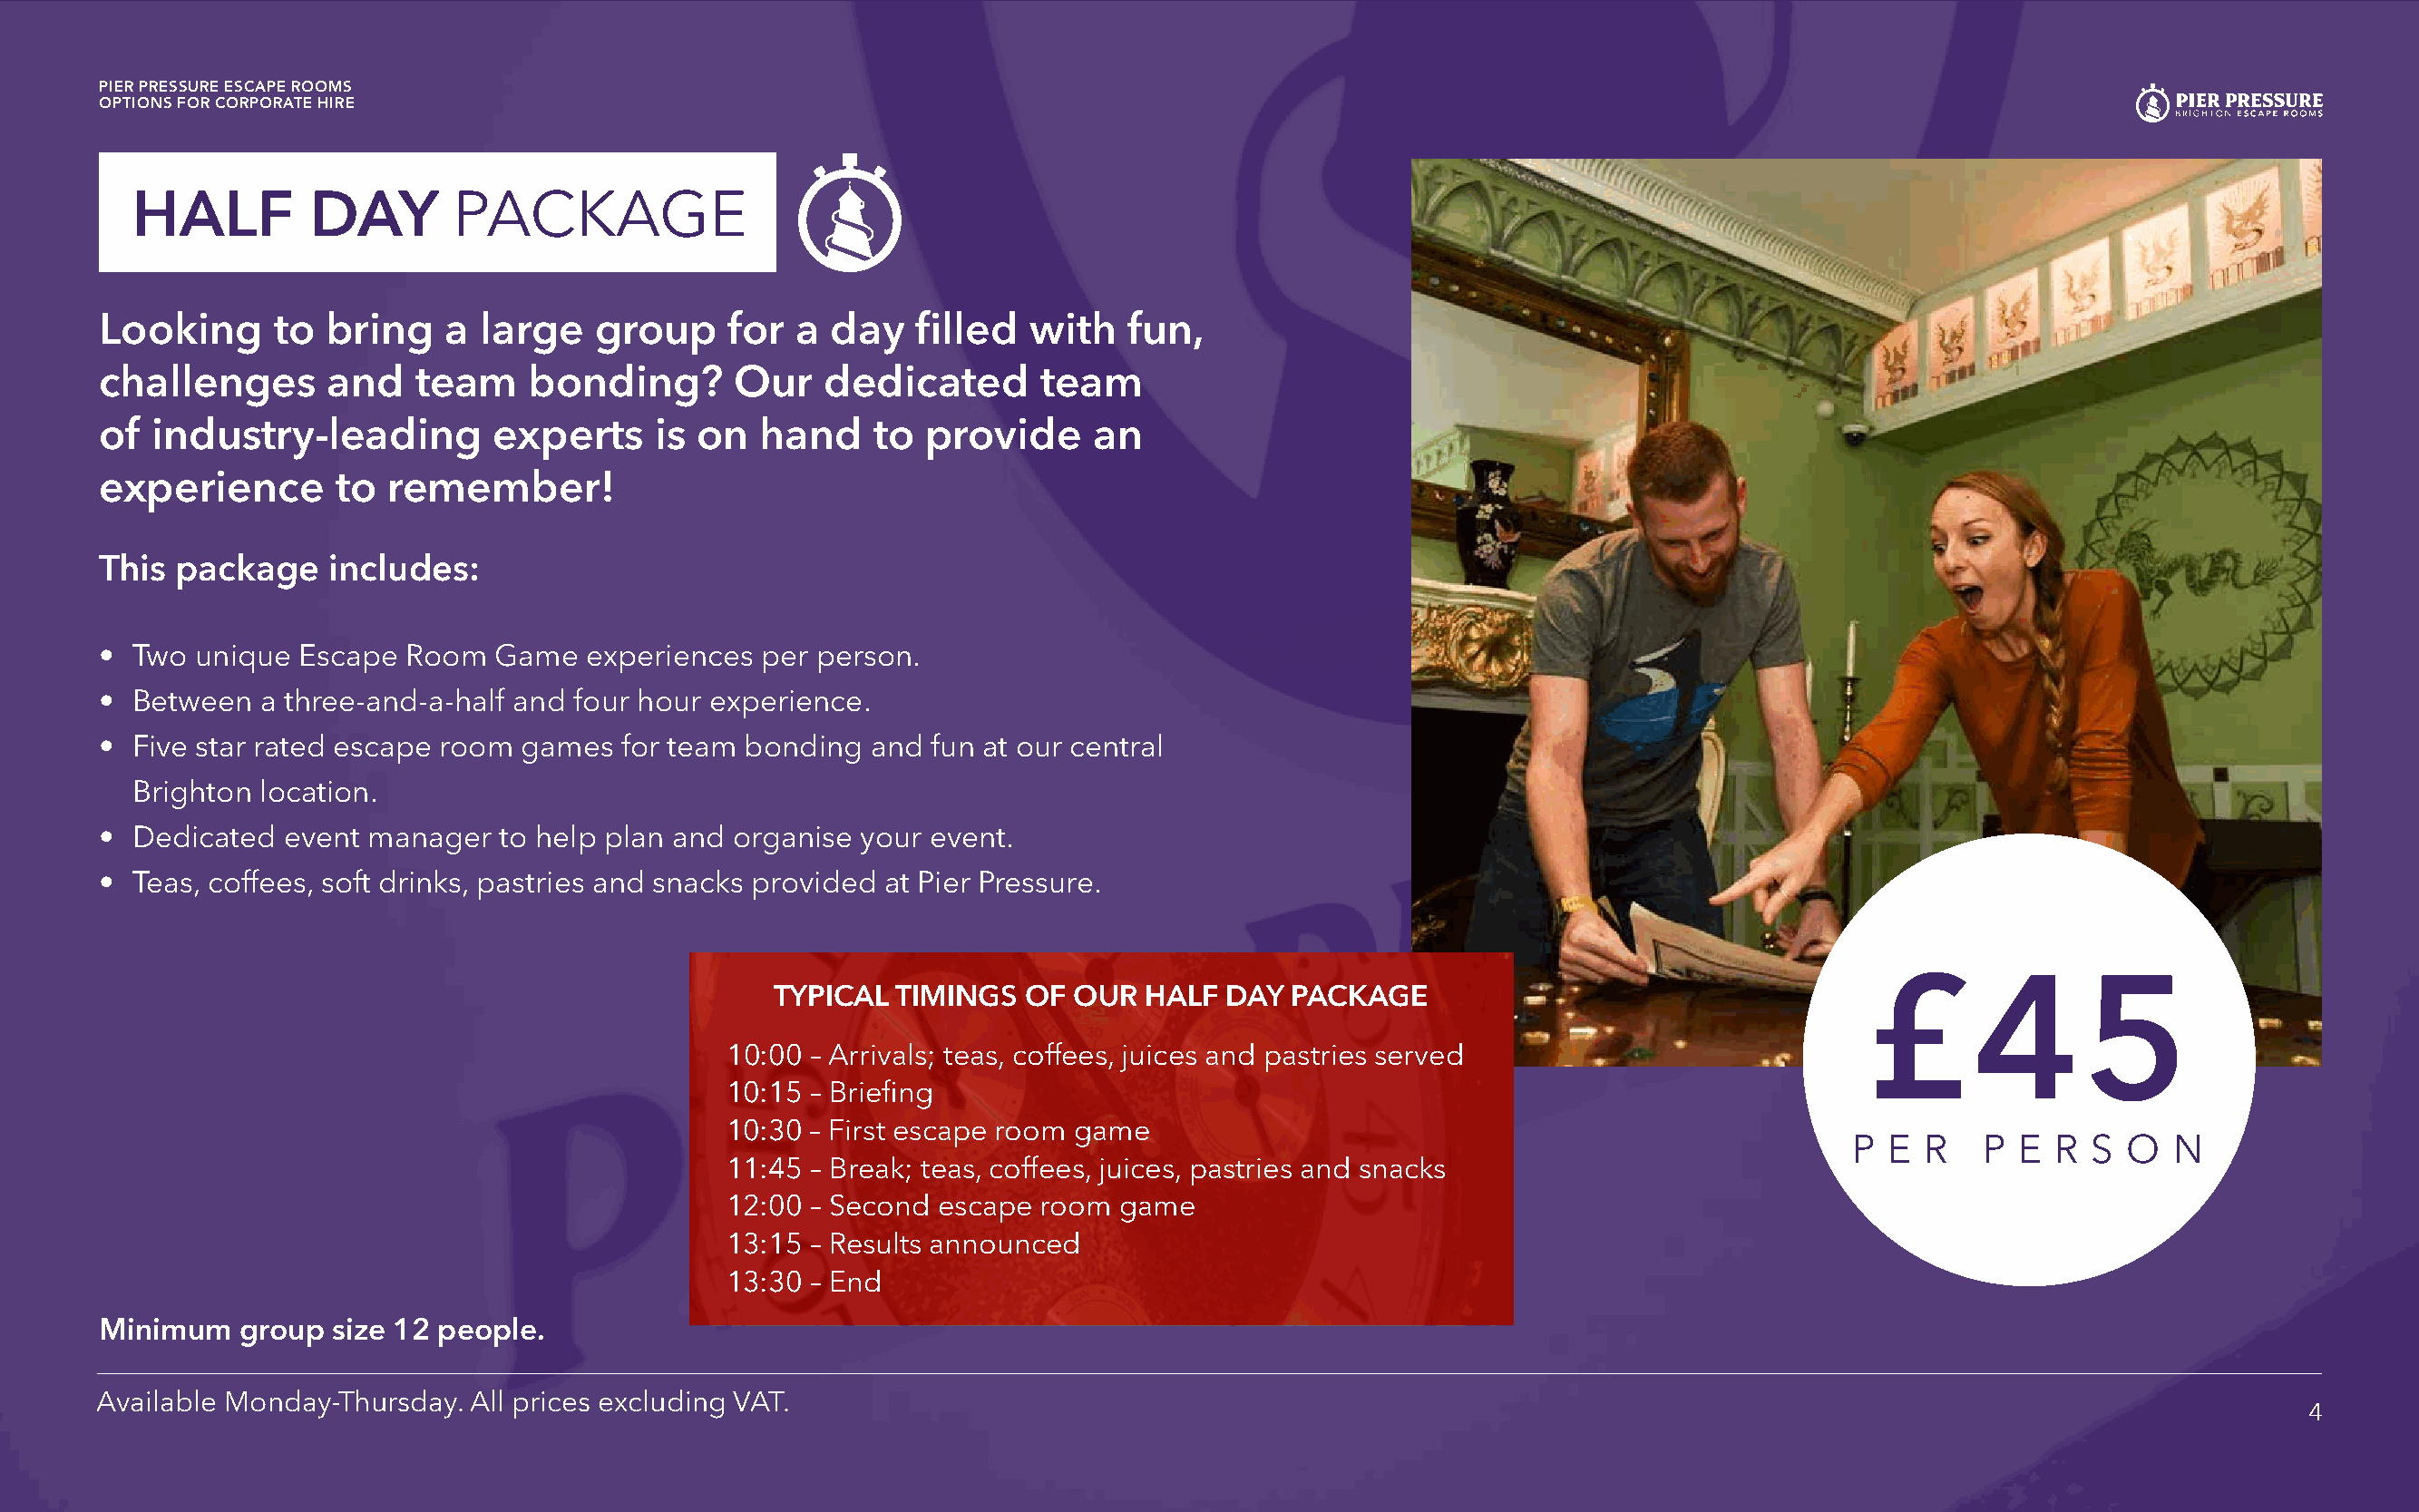
PIER PRESSURE ESCAPE ROOMS
 OPTIONS FOR CORPORATE HIRE
 HALF         DAY       PACKAGE
 Looking      to  bring    a large   group     for  a  day   filled  with   fun,
 challenges       and   team     bonding?       Our   dedicated       team
 of  industry-leading         experts     is on  hand     to  provide     an
 experience        to remember!
 This  package    includes:
 •  Two unique  Escape  Room  Game   experiences  per person.
 •  Between  a three-and-a-half and four hour experience.
 •  Five star rated escape room games  for team bonding   and fun at our central
 Brighton location.
 •  Dedicated  event manager  to help plan and organise  your event.
 •  Teas, coffees, soft drinks, pastries and snacks provided at Pier Pressure.
 £45
 TYPICAL  TIMINGS   OF OUR   HALF DAY  PACKAGE
 10:00 – Arrivals; teas, coffees, juices and pastries served
 10:15 – Briefing
 10:30 – First escape room game
 P  E R    P E  R  S O   N
 11:45 – Break; teas, coffees, juices, pastries and snacks
 12:00 – Second escape  room  game
 13:15 – Results announced
 13:30 – End
 Minimum    group size 12 people.
 Available Monday-Thursday. All prices excluding VAT.
 4